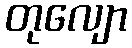
တုလျော